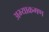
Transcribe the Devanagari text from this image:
अभ्याक्रमण